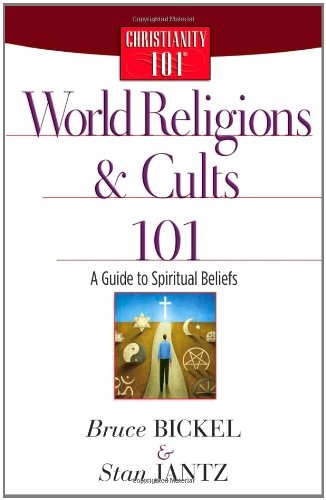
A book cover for World Religions and Cults 101: A Guide to Spiritual Beliefs (Christianity 101); Bruce Bickel; Christian Books & Bibles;